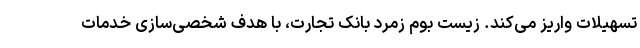
تسهیلات واریز می‌کند. زیست بوم زمرد بانک تجارت، با هدف شخصی‌سازی خدمات